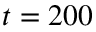
t = 2 0 0